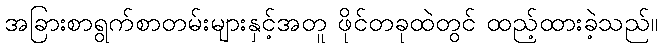
အခြားစာရွက်စာတမ်းများနှင့်အတူ ဖိုင်တခုထဲတွင် ထည့်ထားခဲ့သည်။